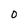
Character: 0